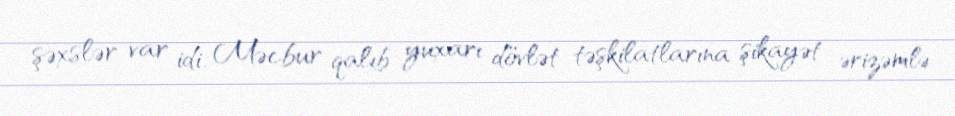
şəxslər var idi. Məcbur qalıb yuxarı dövlət təşkilatlarına şikayət ərizəmlə